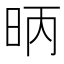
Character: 昞